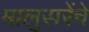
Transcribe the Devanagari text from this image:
मालुसरेंचे